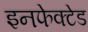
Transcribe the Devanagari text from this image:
इनफेक्टेड